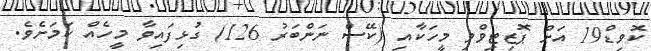
ކޮވިޑް19 އަށް ޕޮޒިޓިވްވި މީހަކާއި (ކޭސް ނަންބަރު 126) ގުޅިފައިވާ މީހެއް ކަމަށެވެ.